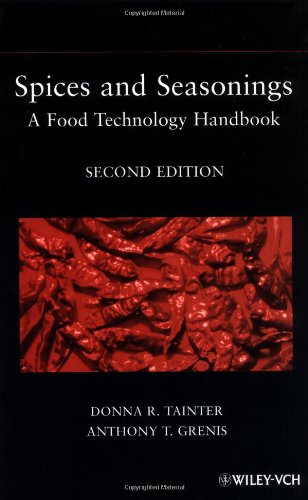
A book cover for Spices and Seasonings: A Food Technology Handbook; Donna R. Tainter; Science & Math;